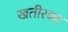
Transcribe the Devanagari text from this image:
खतीरका